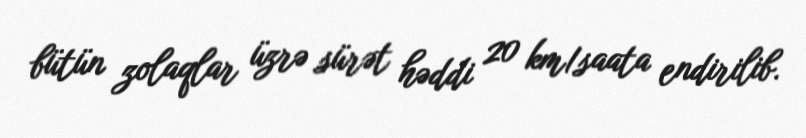
bütün zolaqlar üzrə sürət həddi 20 km/saata endirilib.